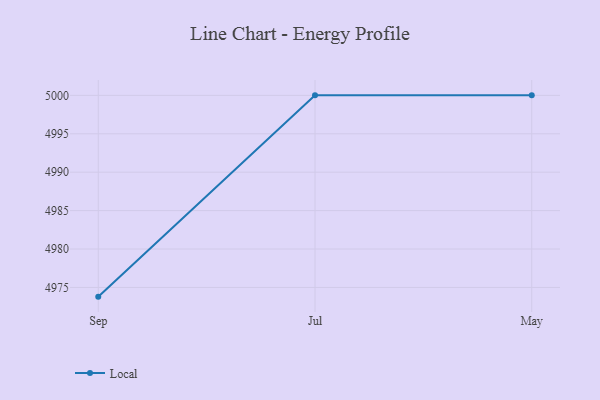
{"axis": {"x": "Month", "y": "Website Visitors"}, "legend": ["Local"], "data": [{"x": "Sep", "y": 4973.8, "type": "Local"}, {"x": "Jul", "y": 5000, "type": "Local"}, {"x": "May", "y": 5000, "type": "Local"}]}